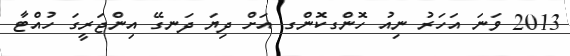
2013 ވަނަ އަހަރު ނިއު ހޮންގކޮންގ އަށް ދިޔަ ދަނގޭ އިންޖަރީގަ ހުއްޓާ